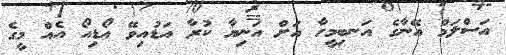
އަސްލަމް އޭނާގެ އަނބިމީހާ އަށް އަނިޔާ ކުރާ އަޑުއިވޭ އޯޑިއޯ އެއް މީގެ